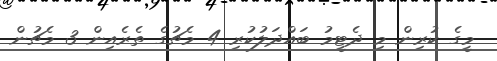
މީގެ ކުރިން މި ދެޓީމު ބައްދަލުކުރި 4 މެޗުގެ ތެރެއިން 3 މެޗުން